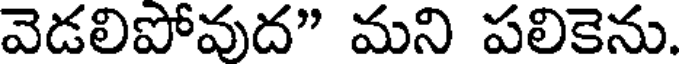
వెడలిపోవుద" మని పలికెను.